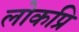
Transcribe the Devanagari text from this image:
लोकप्रि